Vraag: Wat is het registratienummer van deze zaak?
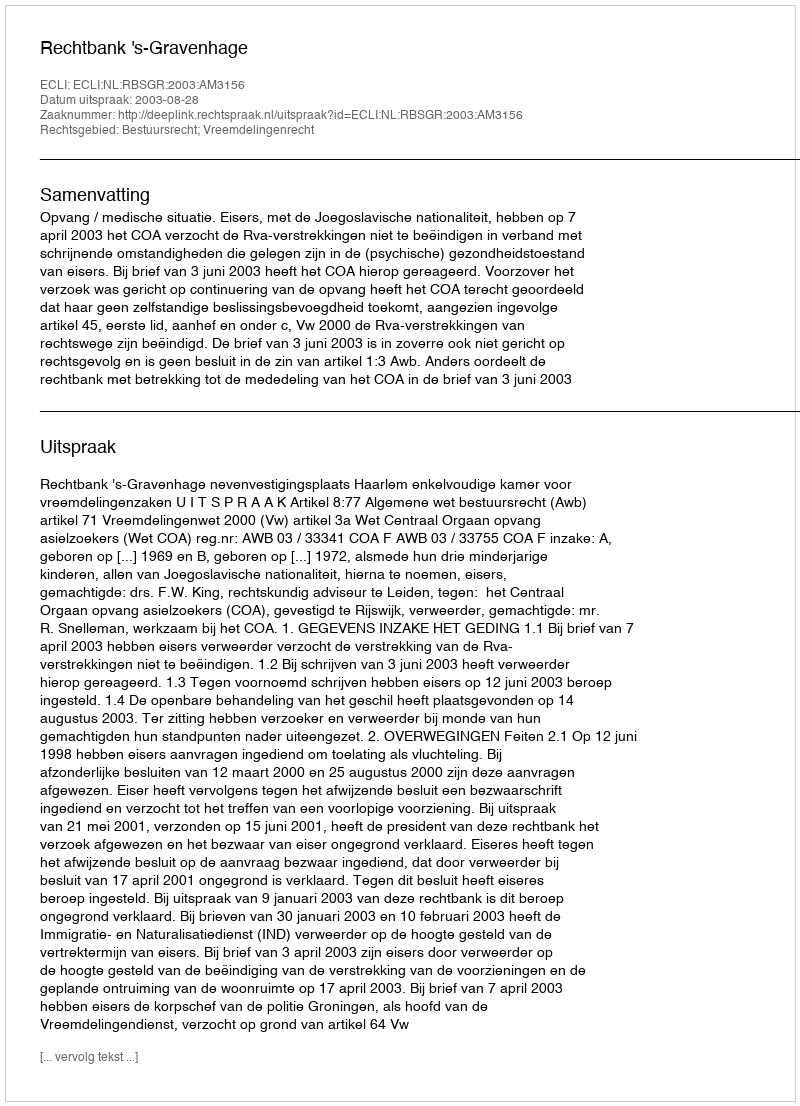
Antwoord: http://deeplink.rechtspraak.nl/uitspraak?id=ECLI:NL:RBSGR:2003:AM3156